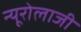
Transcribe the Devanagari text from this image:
न्यूरोलाजी